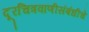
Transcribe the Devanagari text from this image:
दूरचित्रवाणीसंबंधीचे